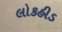
લોકહીડ